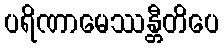
ပရိဏာမေဿန္တီတိပေ